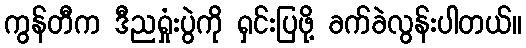
ကွန်တီက ဒီညရှုံးပွဲကို ရှင်းပြဖို့ ခက်ခဲလွန်းပါတယ်။